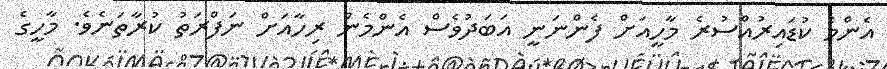
އެންމެ ކުޑައިރުއްސުރެ މާހީއަށް ފެންނަނީ އަބަދުވެސް އެންމެން ރިހާއަށް ނަފްރަތު ކުރާތަނެވެ. މާހީގެ